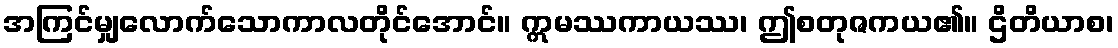
အကြင်မျှလောက်သောကာလတိုင်အောင်။ ဣမဿကာယဿ၊ ဤစတုဇကယ၏။ ဌိတိယာစ၊